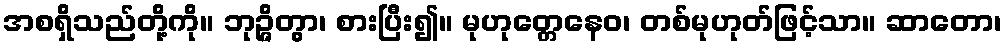
အစရှိသည်တို့ကို။ ဘုဉ္ဇိတွာ၊ စားပြီး၍။ မုဟုတ္တေနေဝ၊ တစ်မုဟုတ်ဖြင့်သာ။ ဆာတော၊